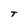
Character: T